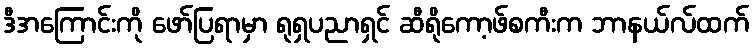
ဒီအကြောင်းကို ဖော်ပြရာမှာ ရုရှပညာရှင် ဆီရိုကော့ဖ်စကီးက ဘာနယ်လ်ထက်